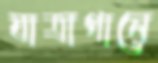
যাত্রাগানে